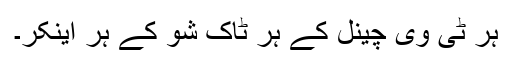
ہر ٹی وی چینل کے ہر ٹاک شو کے ہر اینکر۔